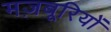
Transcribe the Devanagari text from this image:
मज़बूरियों